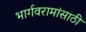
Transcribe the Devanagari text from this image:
भार्गवरामांसाठी